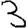
Digit: 3